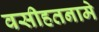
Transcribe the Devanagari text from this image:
वसीहतनामे